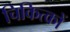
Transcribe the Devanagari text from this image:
चिकित्कों